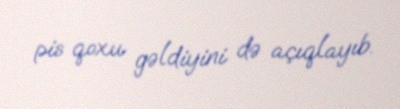
pis qoxu gəldiyini də açıqlayıb.